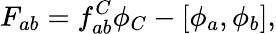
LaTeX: F_{ab}=f_{ab}^{C}\phi_{C}-[\phi_{a},\phi_{b}],